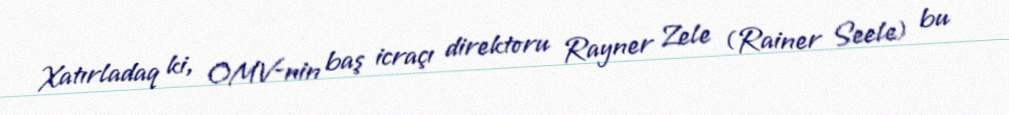
Xatırladaq ki, OMV-nin baş icraçı direktoru Rayner Zele (Rainer Seele) bu